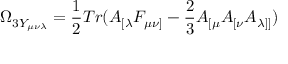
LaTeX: \Omega _ { 3 Y _ { \mu \nu \lambda } } = \frac { 1 } { 2 } T r ( A _ { [ \lambda } F _ { \mu \nu ] } - \frac { 2 } { 3 } A _ { [ \mu } A _ { [ \nu } A _ { \lambda ] ] } )